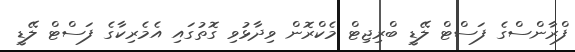
ފްރާންސްގެ ފަސްޓް ލޭޑީ ބްރިޖިޓް މެކްރޮން ވިދާޅުވި ގޮތުގައި އެމެރިކާގެ ފަސްޓް ލޭޑީ